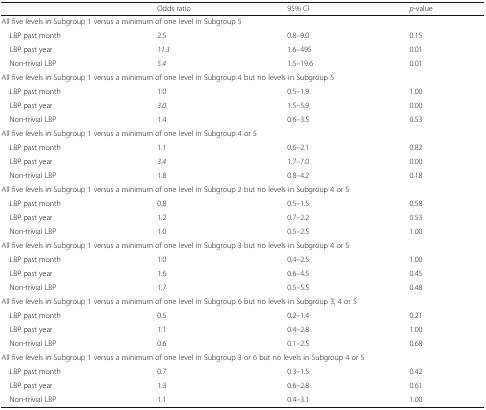
|  | Odds ratio | 95% CI | p-value |
 | --- | --- | --- | --- |
 | <COLSPAN=4> All five levels in Subgroup 1 versus a minimum of one level in Subgroup 5 |
 | LBP past month | 2.5 | 0.8–9.0 | 0.15 |
 | LBP past year | 11.3 | 1.6–495 | 0.01 |
 | Non-trivial LBP | 5.4 | 1.5–19.6 | 0.01 |
 | <COLSPAN=4> All five levels in Subgroup 1 versus a minimum of one level in Subgroup 4 but no levels in Subgroup 5 |
 | LBP past month | 1.0 | 0.5–1.9 | 1.00 |
 | LBP past year | 3.0 | 1.5–5.9 | 0.00 |
 | Non-trivial LBP | 1.4 | 0.6–3.5 | 0.53 |
 | <COLSPAN=4> All five levels in Subgroup 1 versus a minimum of one level in Subgroup 4 or 5 |
 | LBP past month | 1.1 | 0.6–2.1 | 0.82 |
 | LBP past year | 3.4 | 1.7–7.0 | 0.00 |
 | Non-trivial LBP | 1.8 | 0.8–4.2 | 0.18 |
 | <COLSPAN=4> All five levels in Subgroup 1 versus a minimum of one level in Subgroup 2 but no levels in Subgroup 4 or 5 |
 | LBP past month | 0.8 | 0.5–1.5 | 0.58 |
 | LBP past year | 1.2 | 0.7–2.2 | 0.53 |
 | Non-trivial LBP | 1.0 | 0.5–2.5 | 1.00 |
 | <COLSPAN=4> All five levels in Subgroup 1 versus a minimum of one level in Subgroup 3 but no levels in Subgroup 4 or 5 |
 | LBP past month | 1.0 | 0.4–2.5 | 1.00 |
 | LBP past year | 1.6 | 0.6–4.5 | 0.45 |
 | Non-trivial LBP | 1.7 | 0.5–5.5 | 0.48 |
 | <COLSPAN=4> All five levels in Subgroup 1 versus a minimum of one level in Subgroup 6 but no levels in Subgroup 3, 4 or 5 |
 | LBP past month | 0.5 | 0.2–1.4 | 0.21 |
 | LBP past year | 1.1 | 0.4–2.8 | 1.00 |
 | Non-trivial LBP | 0.6 | 0.1–2.5 | 0.68 |
 | <COLSPAN=4> All five levels in Subgroup 1 versus a minimum of one level in Subgroup 3 or 6 but no levels in Subgroup 4 or 5 |
 | LBP past month | 0.7 | 0.3–1.5 | 0.42 |
 | LBP past year | 1.3 | 0.6–2.8 | 0.61 |
 | Non-trivial LBP | 1.1 | 0.4–3.1 | 1.00 |